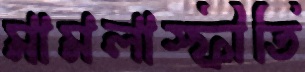
মামলাস্ফীতি